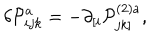
LaTeX: \delta \mathcal { P } _ { i j k } ^ { a } = - \partial _ { [ i } \mathcal { P } _ { j k ] } ^ { ( 2 ) a } , \;